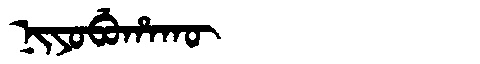
Manchu: ᠨᡳᠶᠣᠪᡠᡥᠠᡴᡡ
Romanization: NIYOBUHAKŪ